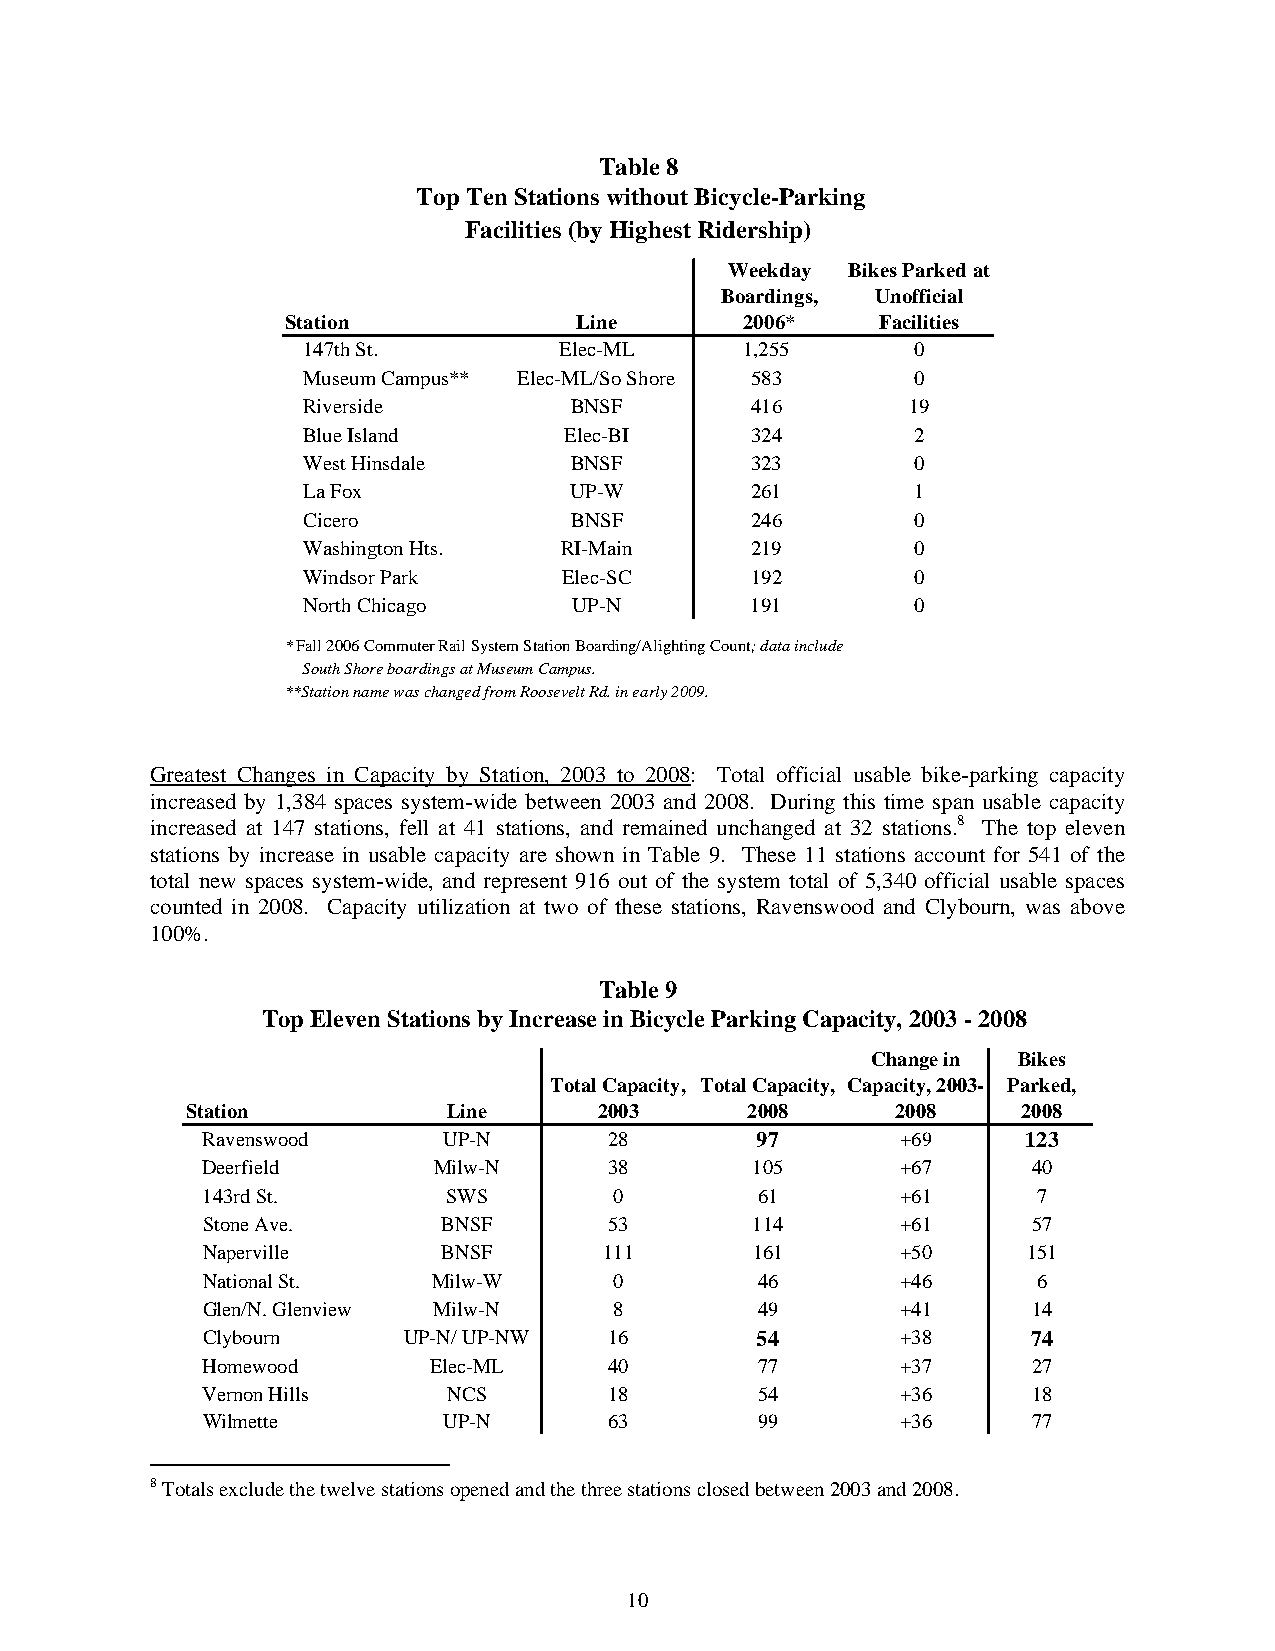
Table 8
 Top Ten Stations without Bicycle-Parking
 Facilities (by Highest Ridership)
 Weekday Bikes Parked at
 Boardings, Unofficial
 Station            Line       2006*    Facilities
 147th St.        Elec-ML     1,255       0
 Museum Campus** Elec-ML/So Shore 583     0
 Riverside         BNSF        416       19
 Blue Island      Elec-BI      324        2
 West Hinsdale     BNSF        323        0
 La Fox            UP-W        261        1
 Cicero            BNSF        246        0
 Washington Hts.  RI-Main      219        0
 Windsor Park     Elec-SC      192        0
 North Chicago     UP-N        191        0
 *Fall 2006 Commuter Rail System Station Boarding/Alighting Count; data include
 South Shore boardings at Museum Campus.
 **Station name was changed from Roosevelt Rd. in early 2009.
 Greatest Changes in Capacity by Station, 2003 to 2008: Total official usable bike-parking capacity
 increased by 1,384 spaces system-wide between 2003 and 2008. During this time span usable capacity
 increased at 147 stations, fell at 41 stations, and remained unchanged at 32 stations.8 The top eleven
 stations by increase in usable capacity are shown in Table 9. These 11 stations account for 541 of the
 total new spaces system-wide, and represent 916 out of the system total of 5,340 official usable spaces
 counted in 2008. Capacity utilization at two of these stations, Ravenswood and Clybourn, was above
 100%.
 Table 9
 Top Eleven Stations by Increase in Bicycle Parking Capacity, 2003 - 2008
 Change in Bikes
 Total Capacity, Total Capacity, Capacity, 2003- Parked,
 Station           Line      2003     2008      2008     2008
 Ravenswood      UP-N       28        97        +69     123
 Deerfield       Milw-N     38        105       +67     40
 143rd St.        SWS        0        61        +61      7
 Stone Ave.      BNSF       53        114       +61     57
 Naperville      BNSF       111       161       +50     151
 National St.    Milw-W      0        46        +46      6
 Glen/N. Glenview Milw-N     8        49        +41     14
 Clybourn      UP-N/ UP-NW  16        54        +38     74
 Homewood       Elec-ML     40        77        +37     27
 Vernon Hills     NCS       18        54        +36     18
 Wilmette        UP-N       63        99        +36     77
 8 Totals exclude the twelve stations opened and the three stations closed between 2003 and 2008.
 10